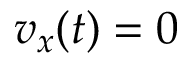
v _ { x } ( t ) = 0